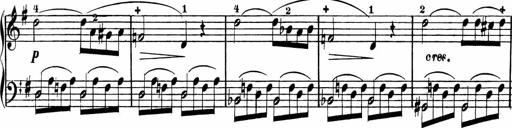
Title: Rosen ohne Dornen
Composer: Gustav Lange